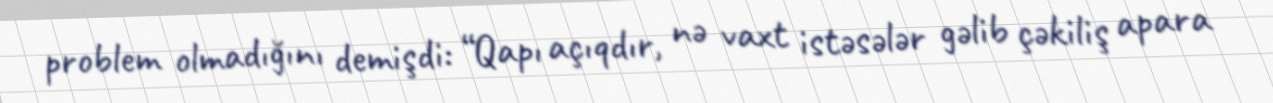
problem olmadığını demişdi: “Qapı açıqdır, nə vaxt istəsələr gəlib çəkiliş apara